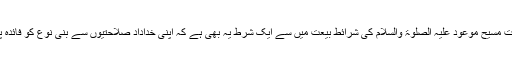
حضرت مسیح موعود علیہ الصلوۃ والسلام کی شرائطِ بیعت میں سے ایک شرط یہ بھی ہے کہ اپنی خداداد صلاحتیوں سے بنی نوع کو فائدہ پہنچاؤ۔